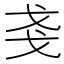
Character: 戔